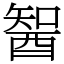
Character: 䣽